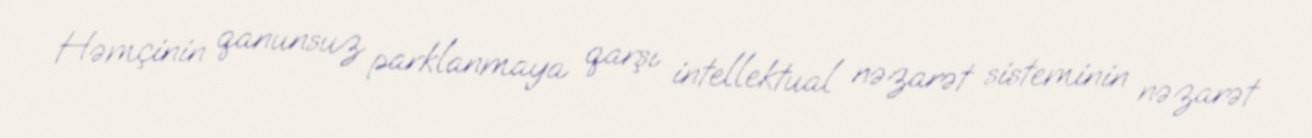
Həmçinin qanunsuz parklanmaya qarşı intellektual nəzarət sisteminin nəzarət